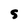
Character: 5